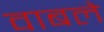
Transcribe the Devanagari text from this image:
वाबले